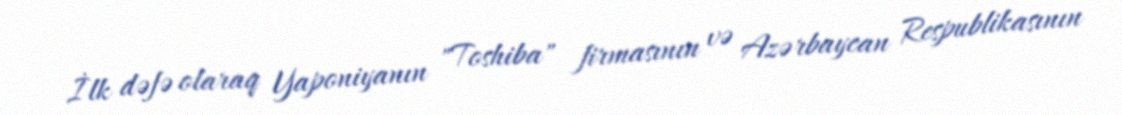
İlk dəfə olaraq Yaponiyanın "Toshiba" firmasının və Azərbaycan Respublikasının